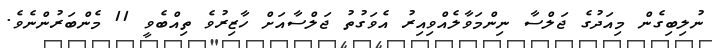
ނުލިބިގެން މިއަދުގެ ޖަލްސާ ނިންމަވާލެއްވިއިރު އެވަގުތު ޖަލްސާއަށް ހާޒިރުވެ ތިއްބެވީ 11 މެންބަރުންނެވެ.